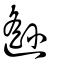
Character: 邎